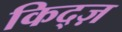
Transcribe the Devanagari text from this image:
किद्ज़